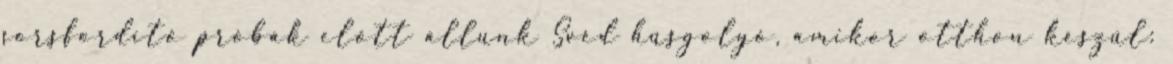
sorsfordító próbák előtt állunk Svéd húsgolyó, amikor otthon készül: